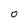
Character: O